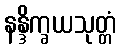
နန္ဒိက္ခယသုတ္တံ